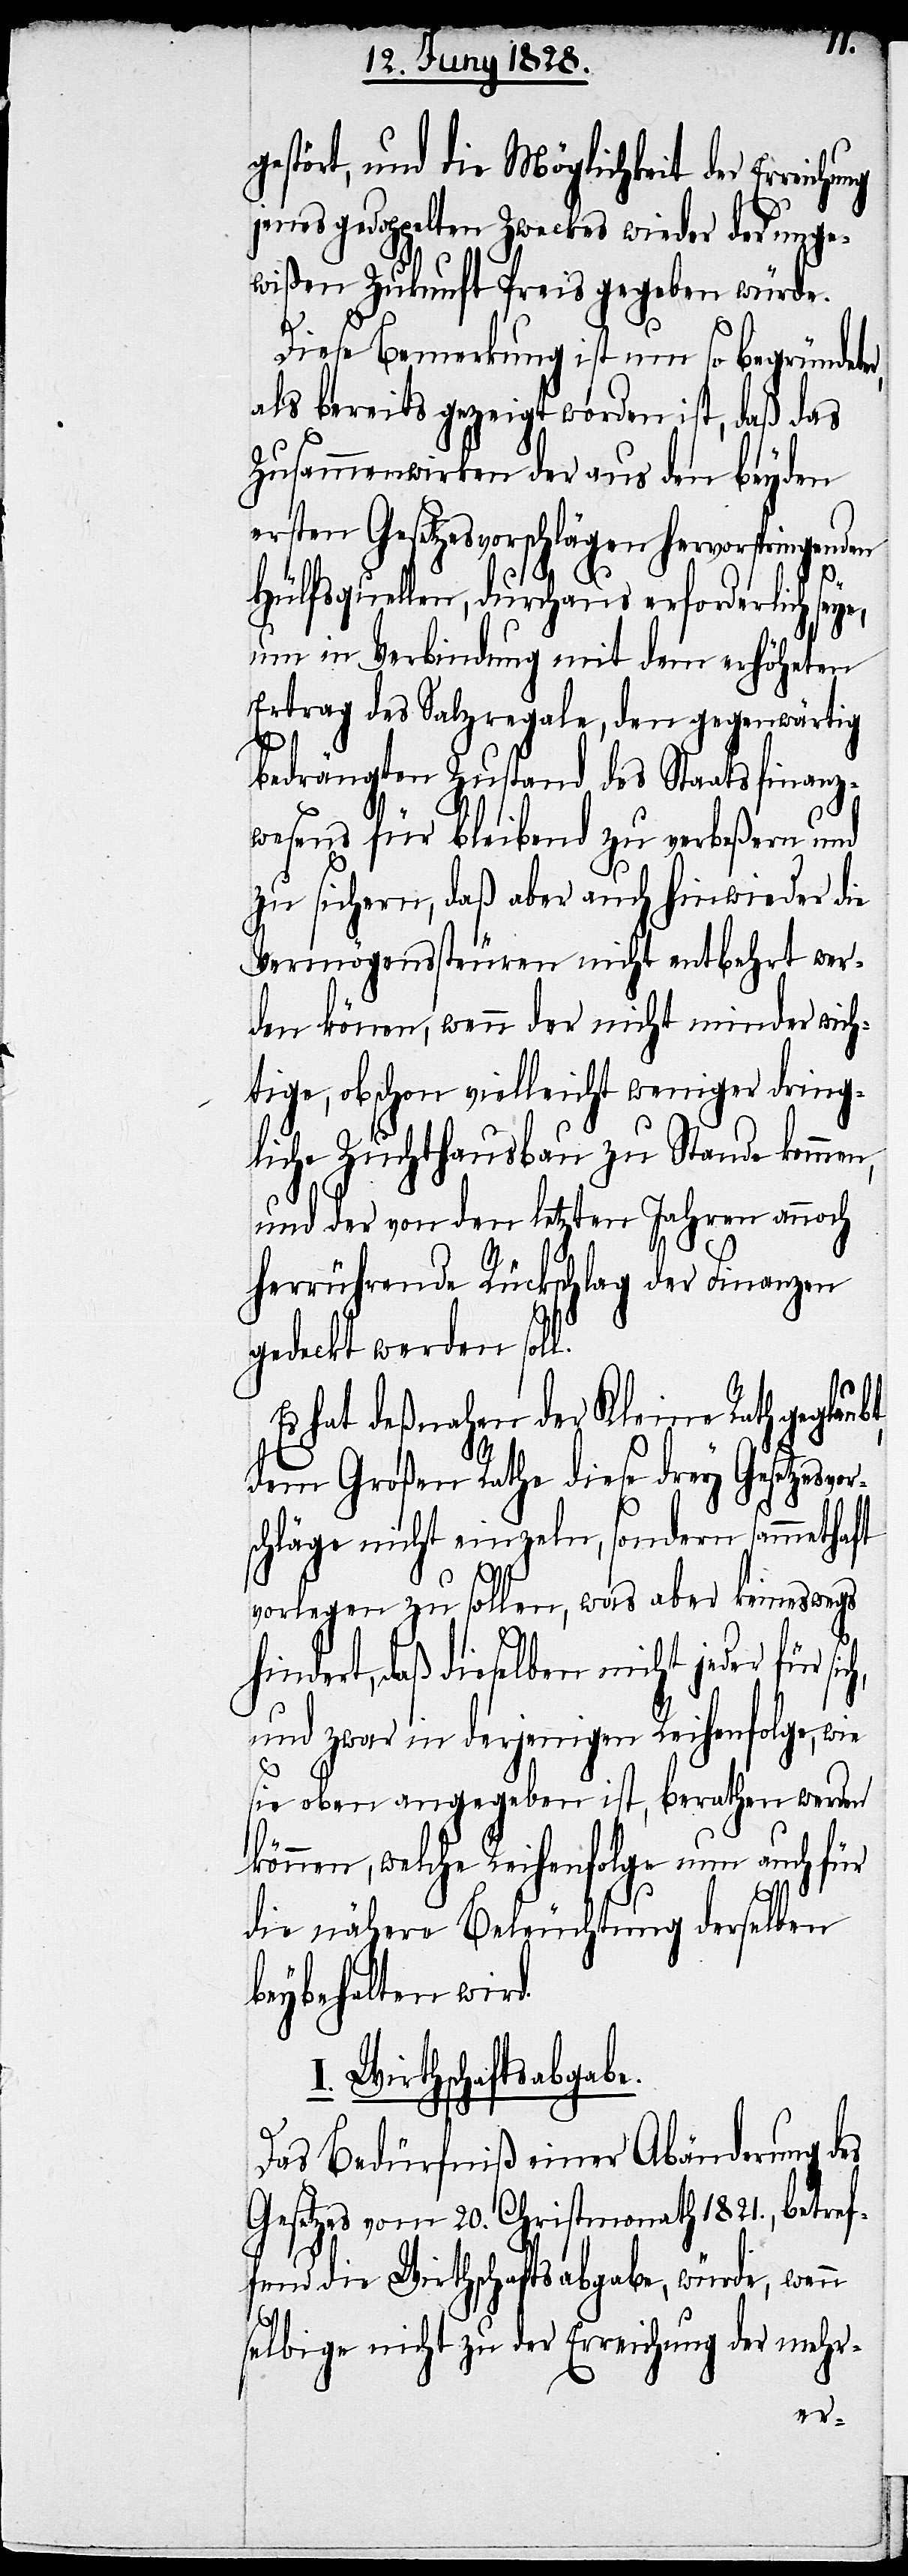
gestört, und die Möglichkeit der Erreich¬
jenes gedoppelten Zweckes wieder der unge¬
wißen Zukunft Preis gegeben würde.
Diese Bemerkung ist nun so begründet¬
als bereits gezeigt worden ist, daß das
Zusammenwirken der aus den beyden
ersten Gesetzesvorschlägen hervorspringenden
e,
Hülfquellen, durchaus erforderlich sey¬
um in Verbindung mit dem erhöheten
Ertrag des Salzregale, den gegenwärtig
bedrängten Zustand des Staatsfinanz¬
wesens für bleibend zu verbeßern und
zu sichern, daß aber auch hinwieder die
Vermögenssteuren nicht entbehrt wer¬
den können, wenn der nicht minder wich¬
tige, obschon vielleicht weniger dring¬
liche Zuchthausbau zu Stande kommen,
und der von den letzten Jahren annoch
t,
herrührende Rückschlag der Finanzen
gedeckt werden sol¬
Es hat deßnahen der Kleine Rath geglaub¬
dem Großen Rathe diese drey Gesetzesv¬
schläge nicht einzeln, sondern sammthaft
vorlegen zu sollen, was aber keineswegs
n
hindert, daß dieselben nicht jeder für
und zwar in derjenigen Reihenfolge, wie
sie oben angegeben ist, berathen werden
können, welche Reihenfolge nun auch für
die nähere Beleuchtung derselben
beybehalten wird.
I. Wirthschaftsabgabe.
Das Bedürfniß einer Abänderung des
Gesetzes vom 20. Christmonath 1821., betref¬
fend die Wirthschaftsabgabe, würde, wen¬
selbige nicht zu der Erreichung der mehr-
or¬